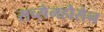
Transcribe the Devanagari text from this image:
सच्सेनहौसेन